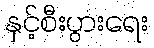
နှင့်စီးပွားရေး